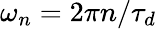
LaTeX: \omega_{n}=2\pi n/\tau_{d}